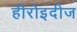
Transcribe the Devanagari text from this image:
हीरोइदीज